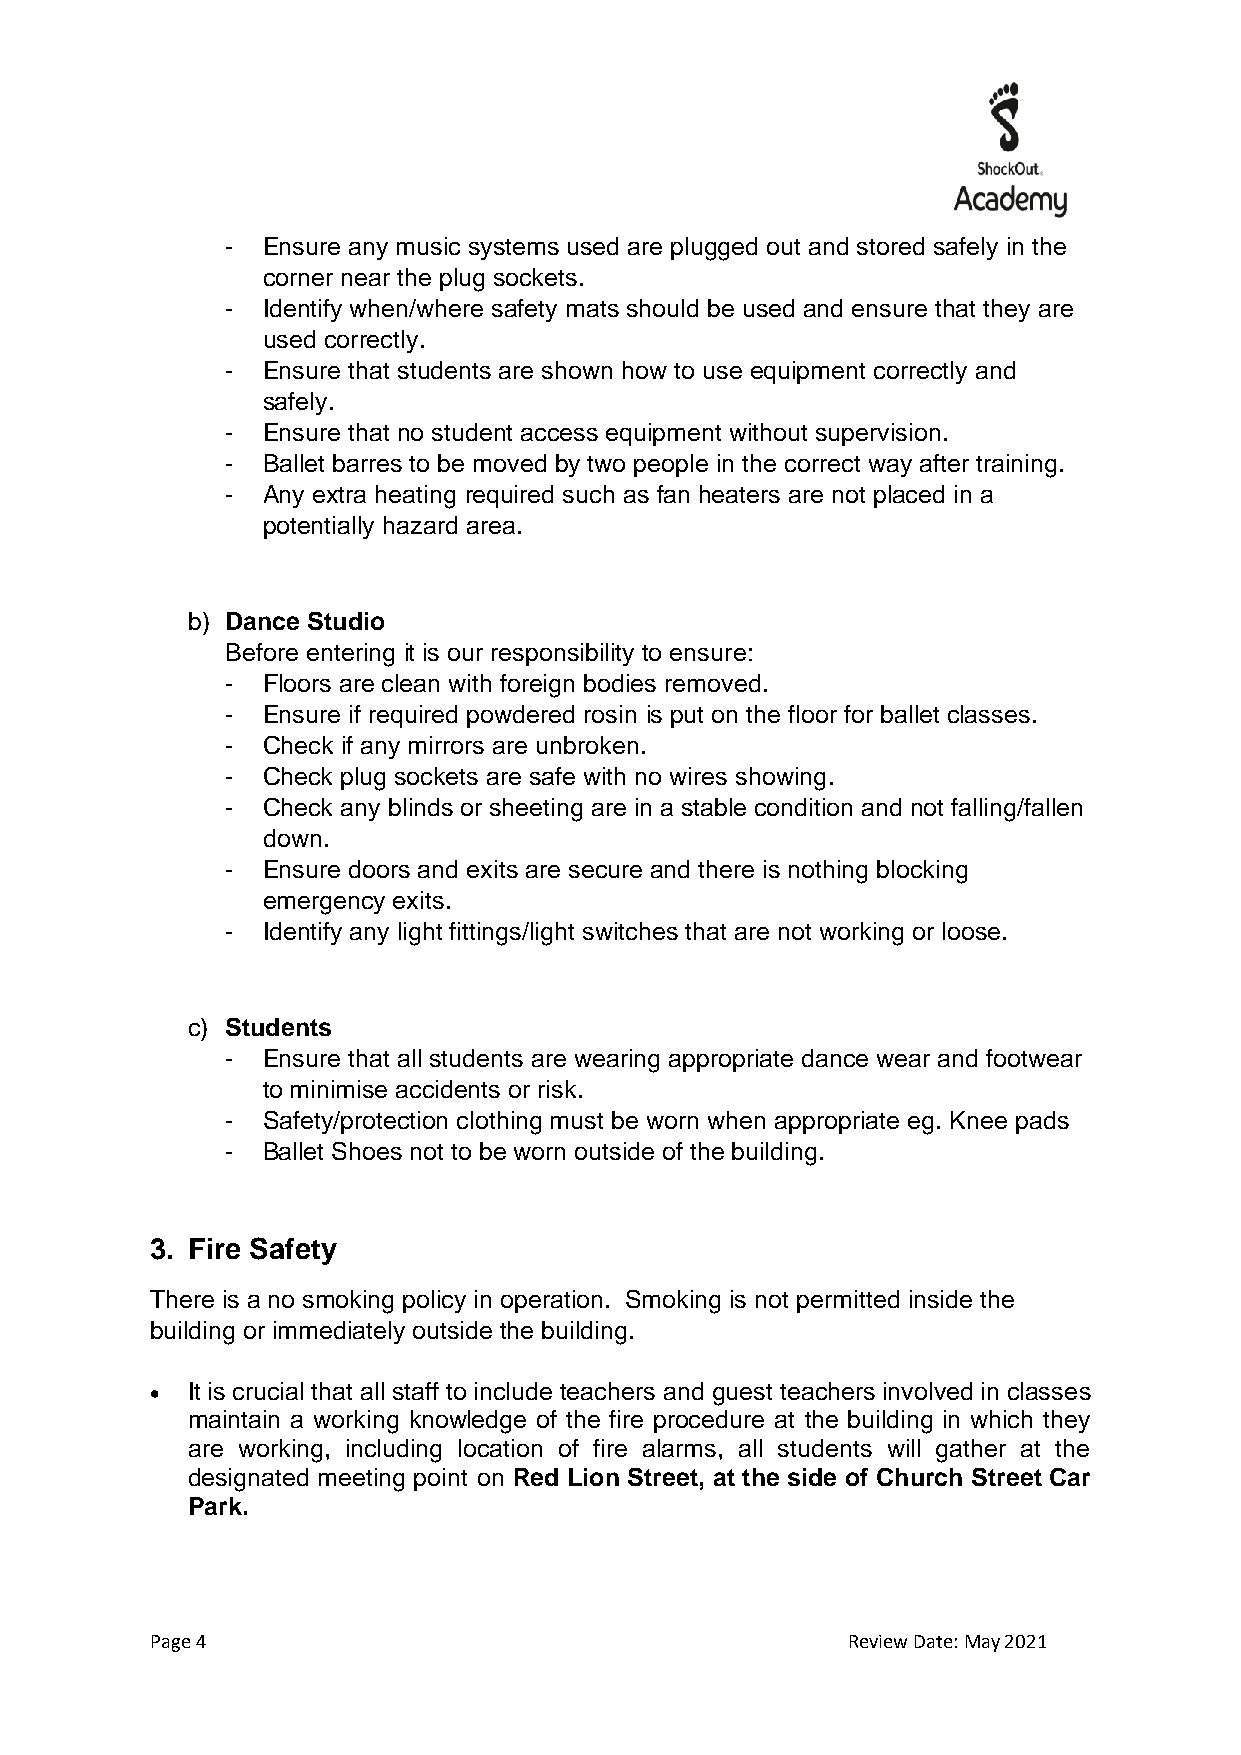
- Ensure any music systems used are plugged out and stored safely in the
 corner near the plug sockets.
 - Identify when/where safety mats should be used and ensure that they are
 used correctly.
 - Ensure that students are shown how to use equipment correctly and
 safely.
 - Ensure that no student access equipment without supervision.
 - Ballet barres to be moved by two people in the correct way after training.
 - Any extra heating required such as fan heaters are not placed in a
 potentially hazard area.
 b) Dance Studio
 Before entering it is our responsibility to ensure:
 - Floors are clean with foreign bodies removed.
 - Ensure if required powdered rosin is put on the floor for ballet classes.
 - Check if any mirrors are unbroken.
 - Check plug sockets are safe with no wires showing.
 - Check any blinds or sheeting are in a stable condition and not falling/fallen
 down.
 - Ensure doors and exits are secure and there is nothing blocking
 emergency exits.
 - Identify any light fittings/light switches that are not working or loose.
 c) Students
 - Ensure that all students are wearing appropriate dance wear and footwear
 to minimise accidents or risk.
 - Safety/protection clothing must be worn when appropriate eg. Knee pads
 - Ballet Shoes not to be worn outside of the building.
 3. Fire Safety
 There is a no smoking policy in operation. Smoking is not permitted inside the
 building or immediately outside the building.
 • It is crucial that all staff to include teachers and guest teachers involved in classes
 maintain a working knowledge of the fire procedure at the building in which they
 are working, including location of fire alarms, all students will gather at the
 designated meeting point on Red Lion Street, at the side of Church Street Car
 Park.
 Page 4                                        Review Date: May 2021